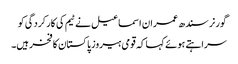
گورنر سندھ عمران اسماعیل نے ٹیم کی کارکردگی کو
سراہتے ہوئے کہا کہ قومی ہیروز پاکستان کا فخر ہیں۔